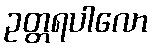
ဥတ္တရပါလော